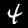
Label: 4